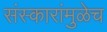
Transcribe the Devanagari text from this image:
संस्कारांमुळेच